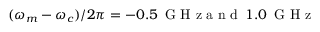
( \omega _ { m } - \omega _ { c } ) / 2 \pi = - 0 . 5 \, \textrm { G H z a n d } \, 1 . 0 \, \textrm { G H z }